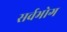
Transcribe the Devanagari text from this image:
सर्वभोग